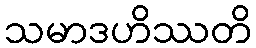
သမာဒဟိဿတိ